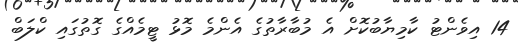
14 އިވެންޓު ކާމިޔާބުކޮށް އެ މުބާރާތުގެ އެންމެ މޮޅު ޓީމެއްގެ ގޮތުގައި ކްލަބް